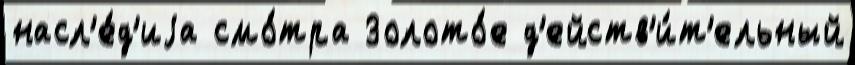
насл'е́д'иjа смо́тра Золото́е д'ейств'и́т'ельный